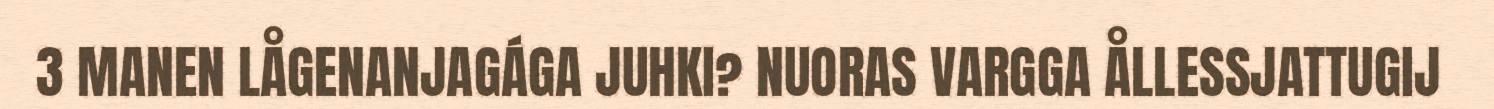
3 MANEN LÅGENANJAGÁGA JUHKI? NUORAS VARGGA ÅLLESSJATTUGIJ